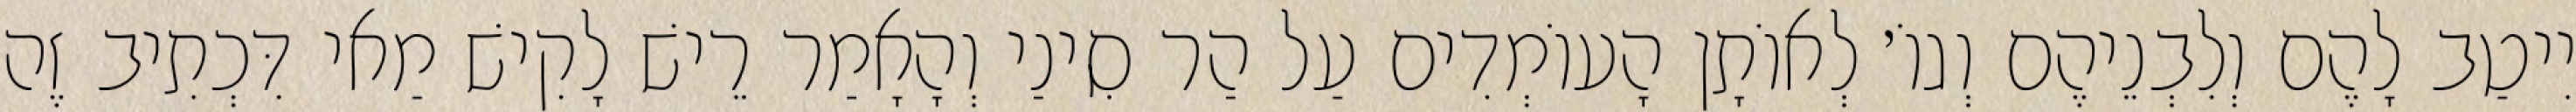
יִיטַב לָהֶם וְלִבְנֵיהֶם וְגוֹ׳ לְאוֹתָן הָעוֹמְדִים עַל הַר סִינַי וְהָאָמַר רֵישׁ לָקִישׁ מַאי דִּכְתִיב זֶה